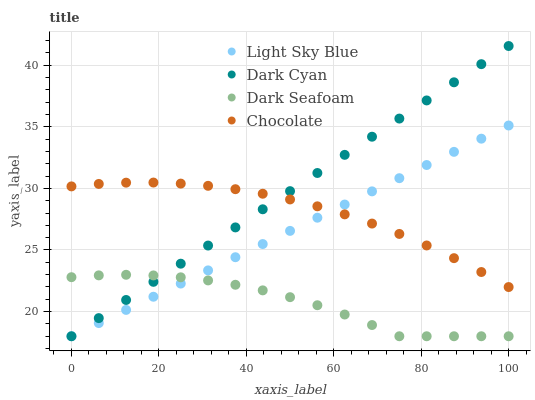
| xaxis_label | Light Sky Blue | Dark Cyan | Dark Seafoam | Chocolate |
 | --- | --- | --- | --- | --- |
 | 0 | 18 | 18 | 22.8 | 30.2 |
 | 6.25 | 19.1 | 19.5 | 22.9 | 30.4 |
 | 12.5 | 20.1 | 20.9 | 23 | 30.5 |
 | 18.8 | 21.2 | 22.4 | 22.9 | 30.5 |
 | 25 | 22.3 | 23.9 | 22.8 | 30.4 |
 | 31.2 | 23.3 | 25.4 | 22.5 | 30.2 |
 | 37.5 | 24.4 | 26.8 | 22.2 | 29.9 |
 | 43.8 | 25.5 | 28.3 | 21.7 | 29.6 |
 | 50 | 26.6 | 29.8 | 21.2 | 29.1 |
 | 56.2 | 27.6 | 31.2 | 20.5 | 28.5 |
 | 62.5 | 28.7 | 32.7 | 19.8 | 27.9 |
 | 68.8 | 29.8 | 34.2 | 18.9 | 27.1 |
 | 75 | 30.8 | 35.7 | 18 | 26.3 |
 | 81.2 | 31.9 | 37.1 | 18 | 25.4 |
 | 87.5 | 33 | 38.6 | 18 | 24.3 |
 | 93.8 | 34 | 40.1 | 18 | 23.2 |
 | 100 | 35.1 | 41.6 | 18 | 22 |